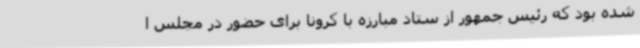
شده بود که رئیس جمهور از ستاد مبارزه با کرونا برای حضور در مجلس ا